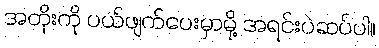
အတိုးကို ပယ်ဖျက်ပေးမှာမို့ အရင်းပဲဆပ်ပါ။